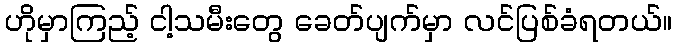
ဟိုမှာကြည့် ငါ့သမီးတွေ ခေတ်ပျက်မှာ လင်ပြစ်ခံရတယ်။